King Institute of Preventive Medicine Micro-Biological Section reports 1909-11
Year: 1909
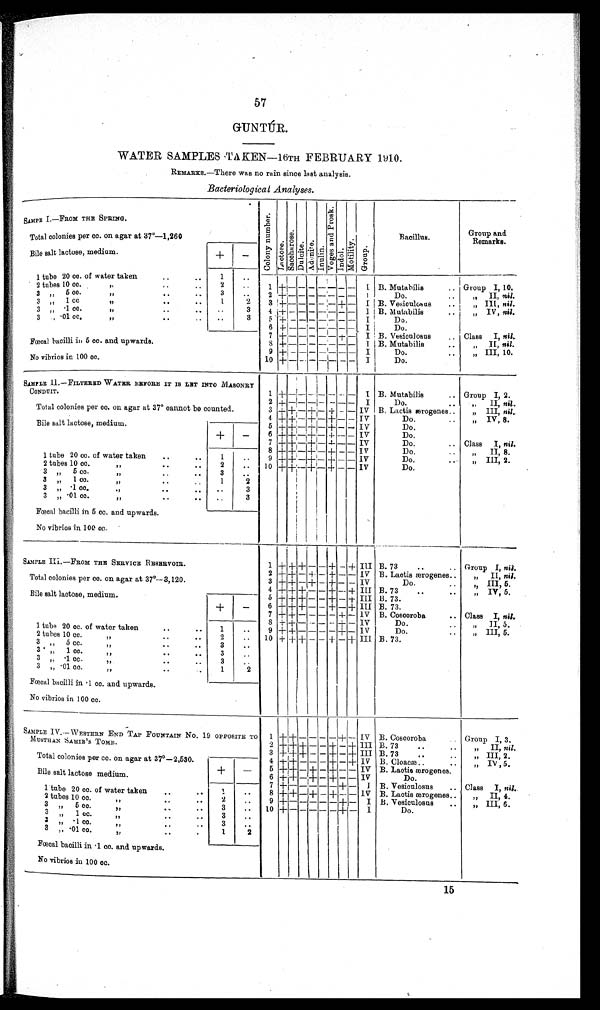
57
GUNTÚR.
WATER SAMPLES TAKEN—16TH FEBRUARY 1910.
REMARKS.–There was no rain since last analysis.
Bacteriological Analyses.
SAMPE I.—FROM THE SPRING.
Co l o n y n u mb e r .
Lactose.Sacchar os e. Dul ci t e.Adoni t e.
I n u l i n .
Vo g e s a n d P r o s k .
I n d o l .
Motility.Group.
Bacillus.
Group and.
Remarks.
Total colonies per cc. on agar at 37°—1,260
Bile salt lactose, medium.
+
-
1 tube 20 cc. of water taken
1
2 tubes 10 cc.
2
1 + –
–
–
–
I
B. Mutabilis
Group I, 10.
3 ,, 5 cc. ,,
3
2 + - - - - - - -
I
Do.
,, II nil .
3 ,, 1 cc. ,,
1
2
3 + - - - - - + -
I B. Vesiculosus
„ III, nil.
3 ,, ·1 cc.
,,
3
4 + - - - - - - -
I B. Mutabilis
„ IV, nil.
3 ,, ·01 cc. ,,
3
5 + − − − − − − −
I
Do.
Fœcal bacilli in 5 cc. and, upwards.
6 + − − − − − − −
I
Do.
7
+ − − − − − + −
I B. Vesicu]osus
Class I, nil.
8 + − − − − − − −
I B. Mutabilis
,, II, nil.
No vibrios in 100 cc.
9 + − − − − − − −
I
Do.
,, III, 10.
1 0 + − − −
−
− − −
I
Do.
SAMPLE II.—FILTERED WATER BEFORE IT IS LET INTO MASONRY
CONDUIT.
1
+ − − − − − − −
I
B. Mutabilis
Group I, 2.
Total colonies per cc. on agar at 37° cannot be counted.
2 + − − − − − − −
I
Do.
,, II, nil.
3 + + − + − + − −
I V B. Lactis ærogenes.
„ III, nil .
4
+ + − + − + − −
I V
Do.
„ IV, 8.
Bile salt lactose, medium.
+
−
5 + + − + − + − −
I V
Do.
6
+ + − + − + − −
I V
Do.
7 + + − + − + − −
I V
Do.
Class I, nil.
8 + + − + − + − −
I V
Do.
„ II, 8.
1 tube 20 cc. of water taken
1
9 + + − + − + − −
I V
Do.
„ III, 2.
2 tubes 10 cc. ,,
2
10 + + − + − + − −
I V
Do.
3 ,, 5 cc. ,,
3
3 ,, 1 cc. „
1
2
3 ,, ·1 cc. ,,
3
3 ,, ·01 cc. ,,
3
Fœcal bacilli in 5 cc. and upwards.
No vibrios in 100 cc.
SAMPLE III.—FROM THE SERVICE RESERVOIR.
1 +
+
+ − − + − +
I I I B. 73
Group I, nil.
2 + + − + − + − −
I V B. Lactis ærogenes.
„ II, nil.
Total colonies per cc. on agar at 37°—3,120.
3 + + − + − + − −
I V
Do.
,, III, 5.
4 + + + − − + − +
I I I B. 73.
„IV, 5.
Bile salt lactose, medium.
+
−
5 + + + − − + − +
I I I B. 73.
6 + + + − − + − +
I I I B. 73.
7 + + − − − − + −
I V B. Coscoroba
Class I, nil.
8 + + − − − − + −
I V
Do.
,, II 5.
1 tube 20 cc. of water taken
1
9 + + − − − − + −
I V
Do.
„ III, 5.
2 tubes 10 cc ,,
2
10 + + + − − + − +
I I I B. 73.
3 ,, 5 cc. ,,
3
3 ,, 1 cc. ,,
3
3 ,, ·1 cc. ,,
3
3 ,, ·01 cc. ,,
1
2
Fœcal bacilli in ·1 cc. and upwards.
No vibrios in 100 cc.
SAMPLE IV.— WESTERN END TAP FOUNTAIN No.19 OPPOSITE TO
MUSTHAN SAHIB'S TOMB.
B. Coscoroba
Group I, 3.
1 + + − − − − + −
I V B. 73.
„ II, nil.
2 + + + − − + − +
I I I B. 73.
„ III, 2.
Total colonies per cc. on agar at 37°—2,530. +
−
3 + + + − − + − +
I I I B, Cloacæ.
„ IV , 5.
4 + + − − − + − +
I V B. Lactis ærogenes.
Bile salt lactose medium.
5 + + − + − + − −
I V
Do.
6 + + − + − + − −
I V
B. Vesiculosus
Class I, nil..
1 tube 20 cc. of water taken
1
7 + − − − − − + −
I
B. Lactis ærogenes.
„ II, 4.
2 tubes 10 cc. ,,
2
8 + + − + − + − −
I V
B. Vesiculosus
„ III, 6.
3 ,, 5 cc, ,,
3
9 + − − − − − + −
I
Do.
3 ,, 1 cc ,,
3
1 0
+ − − − − − + −
I
3 ,, ·1 cc. ,,
3
3 ,, ·01 cc. ,,
1
2
Fœcal bacilli in ·1 cc. and upwards.
No vibrios in 100 cc.
15